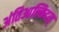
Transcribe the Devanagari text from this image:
अंतिआल्किदस्